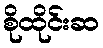
စိုထိုင်းဆ